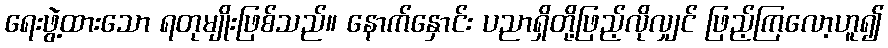
ရေးဖွဲ့ထားသော ရတုမျိုးဖြစ်သည်။ နောက်နှောင်း ပညာရှိတို့ဖြည့်လိုလျှင် ဖြည့်ကြလော့ဟူ၍